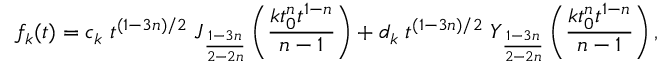
f _ { k } ( t ) = c _ { k } \; t ^ { ( 1 - 3 n ) / 2 } \; J _ { \frac { 1 - 3 n } { 2 - 2 n } } \left( \frac { k t _ { 0 } ^ { n } t ^ { 1 - n } } { n - 1 } \right) + d _ { k } \; t ^ { ( 1 - 3 n ) / 2 } \; Y _ { \frac { 1 - 3 n } { 2 - 2 n } } \left( \frac { k t _ { 0 } ^ { n } t ^ { 1 - n } } { n - 1 } \right) ,